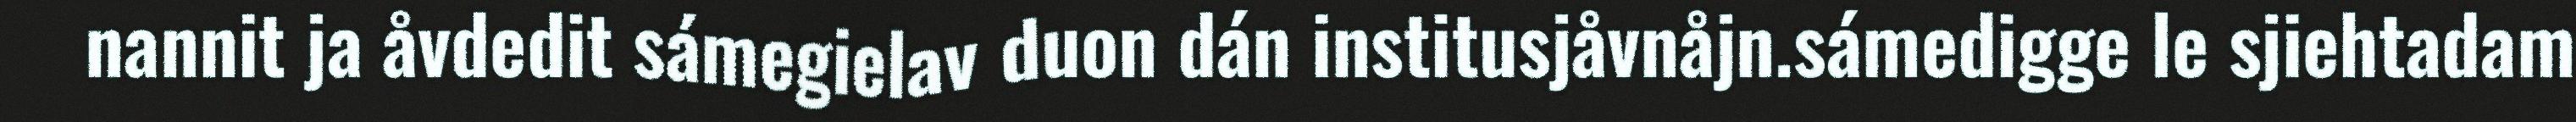
nannit ja åvdedit sámegielav duon dán institusjåvnåjn.sámedigge le sjiehtadam